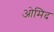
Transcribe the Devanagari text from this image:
ओमिद